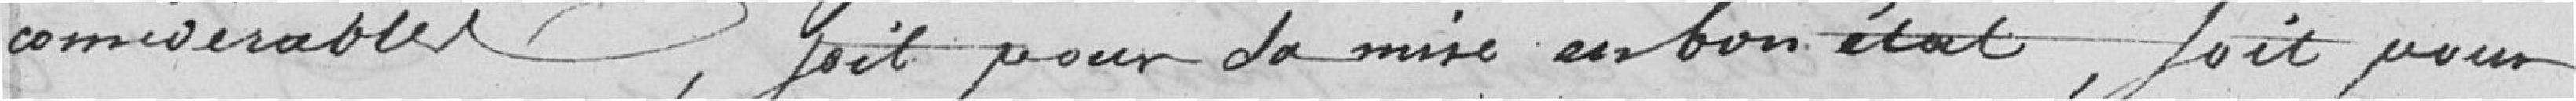
considérables, fait pour la mise en bon état, fait pour